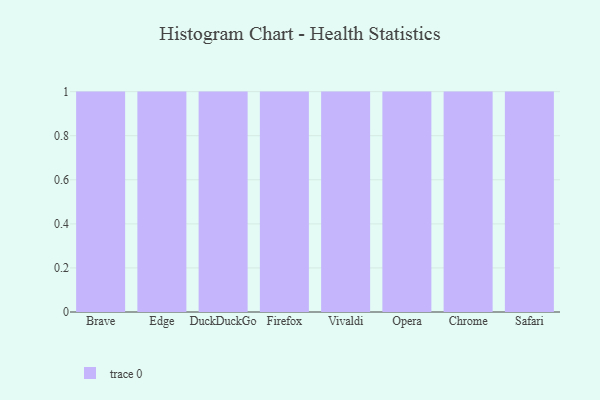
{"axis": {"x": "Browser", "y": "Conversion Rate (%)"}, "legend": [""], "data": [{"x": "Brave", "y": 67, "type": ""}, {"x": "Edge", "y": 30, "type": ""}, {"x": "DuckDuckGo", "y": 29, "type": ""}, {"x": "Firefox", "y": 48, "type": ""}, {"x": "Vivaldi", "y": 21, "type": ""}, {"x": "Opera", "y": 56, "type": ""}, {"x": "Chrome", "y": 100, "type": ""}, {"x": "Safari", "y": 78, "type": ""}]}